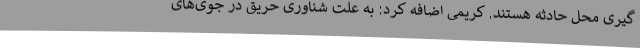
گیری محل حادثه هستند. کریمی اضافه کرد: به علت شناوری حریق در جوی‌های